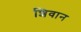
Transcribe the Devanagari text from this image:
शिवान